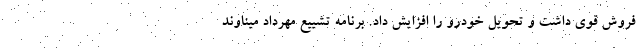
فروش قوی داشت و تحویل خودرو را افزایش داد. برنامه تشییع مهرداد میناوند